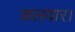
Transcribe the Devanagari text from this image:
कलवार।